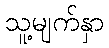
သူ့မျက်နှာ